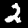
Digit: 2